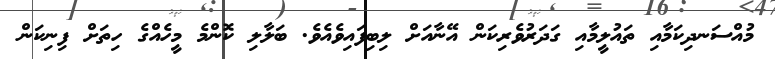
މުއްސަނދިކަމާއި ތައުލީމާއި ގަދަރުވެރިކަން އޭނާއަށް ލިބިފައިވެއެވެ. ބަލާލި ކޮންމެ މީހެއްގެ ހިތަށް ފިނިކަން